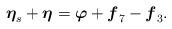
LaTeX: \begin{align*}\boldsymbol{\eta}_{s} + \boldsymbol{\eta} = \boldsymbol{\varphi} + \boldsymbol{f}_{7} - \boldsymbol{f}_{3}. \end{align*}